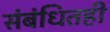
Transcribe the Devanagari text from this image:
संबंधितही